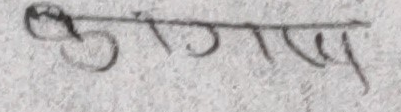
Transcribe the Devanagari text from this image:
उद्योग